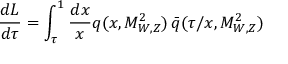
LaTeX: \frac { d { \cal L } } { d \tau } = \int _ { \tau } ^ { 1 } \frac { d x } { x } q ( x , M _ { W , Z } ^ { 2 } ) \, \bar { q } ( \tau / x , M _ { W , Z } ^ { 2 } )